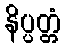
နိပ္ပတ္တံ